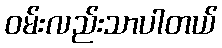
ဝမ်းလည်းသာပါတယ်